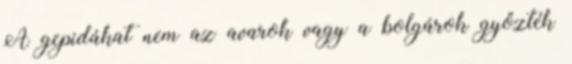
A gepidákat nem az avarok vagy a bolgárok győzték